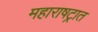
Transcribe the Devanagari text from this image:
महाराषट्रात